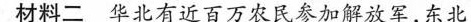
材料二 华北有近百万农民参加解放军，东北